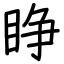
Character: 睁